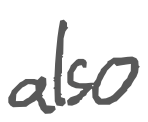
Text: also
Cross-out: clean
Writing tool: digital_gray